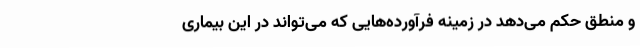
و منطق حکم می‌دهد در زمینه فرآورده‌هایی که می‌تواند در این بیماری